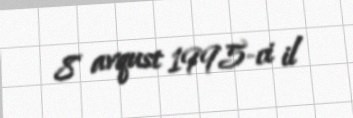
8 avqust 1995-ci il